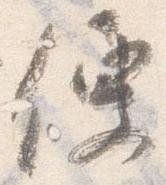
便